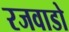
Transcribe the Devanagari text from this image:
रजवाडो